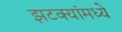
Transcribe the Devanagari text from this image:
झटक्यांमध्ये